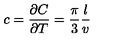
c = \frac { \partial C } { \partial T } = \frac { \pi } { 3 } \frac { l } { v }